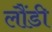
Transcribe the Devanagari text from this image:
लौंडी